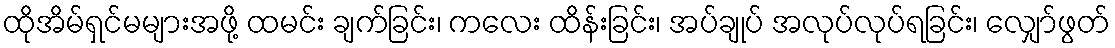
ထိုအိမ်ရှင်မများအဖို့ ထမင်း ချက်ခြင်း၊ ကလေး ထိန်းခြင်း၊ အပ်ချုပ် အလုပ်လုပ်ရခြင်း၊ လျှော်ဖွတ်